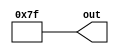
module loop_var_shadow_top(out);
	genvar i;
	generate
		for (i = 0; i < 2; i = i + 1) begin : loop
			localparam j = i + 1;
			if (1) begin : blk
				localparam i = j + 1;
				wire [i:0] x;
				assign x = 1'sb1;
			end
		end
	endgenerate
	output wire [63:0] out;
	assign out = {loop[0].blk.x, loop[1].blk.x};
endmodule